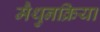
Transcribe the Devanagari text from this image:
मैथुनक्रिया